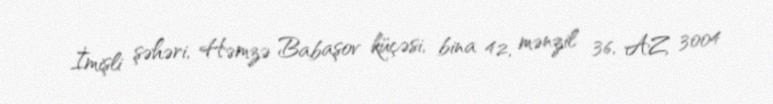
İmişli şəhəri, Həmzə Babaşov küçəsi, bina 42, mənzil 36, AZ 3004